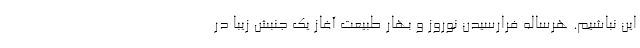
این نباشیم. هرساله فرارسیدن نوروز و بهار طبیعت آغاز یک جنبش زیبا در